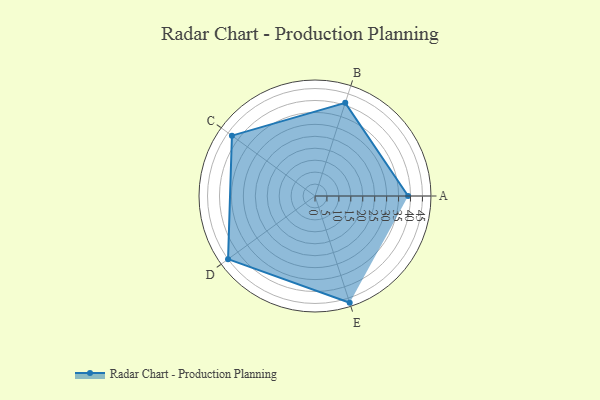
{"axis": {"x": "Skill", "y": "Score"}, "legend": ["Profile"], "data": [{"x": "A", "y": 39.0, "type": "Profile"}, {"x": "B", "y": 41.0, "type": "Profile"}, {"x": "C", "y": 43.0, "type": "Profile"}, {"x": "D", "y": 45.0, "type": "Profile"}, {"x": "E", "y": 47.0, "type": "Profile"}]}